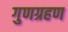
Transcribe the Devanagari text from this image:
गुणग्रहण